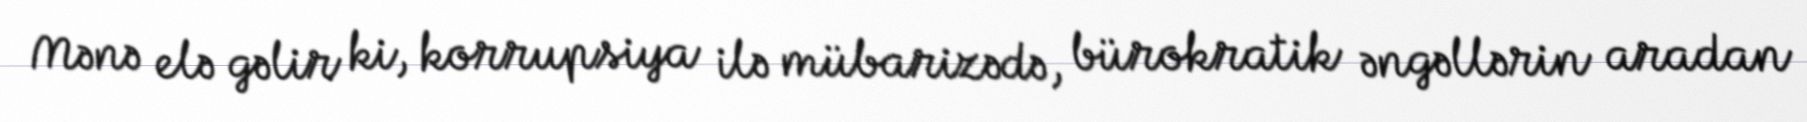
Mənə elə gəlir ki, korrupsiya ilə mübarizədə, bürokratik əngəllərin aradan